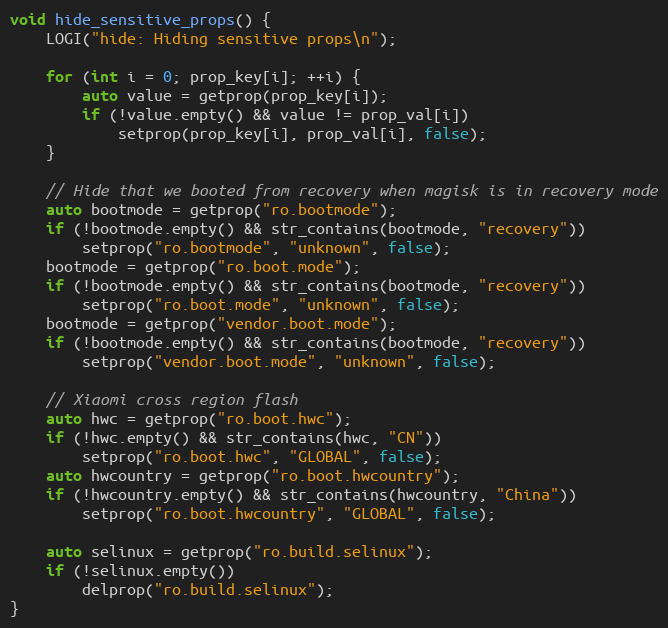
Language: C++
void hide_sensitive_props() {
    LOGI("hide: Hiding sensitive props\n");

    for (int i = 0; prop_key[i]; ++i) {
        auto value = getprop(prop_key[i]);
        if (!value.empty() && value != prop_val[i])
            setprop(prop_key[i], prop_val[i], false);
    }

    // Hide that we booted from recovery when magisk is in recovery mode
    auto bootmode = getprop("ro.bootmode");
    if (!bootmode.empty() && str_contains(bootmode, "recovery"))
        setprop("ro.bootmode", "unknown", false);
    bootmode = getprop("ro.boot.mode");
    if (!bootmode.empty() && str_contains(bootmode, "recovery"))
        setprop("ro.boot.mode", "unknown", false);
    bootmode = getprop("vendor.boot.mode");
    if (!bootmode.empty() && str_contains(bootmode, "recovery"))
        setprop("vendor.boot.mode", "unknown", false);

    // Xiaomi cross region flash
    auto hwc = getprop("ro.boot.hwc");
    if (!hwc.empty() && str_contains(hwc, "CN"))
        setprop("ro.boot.hwc", "GLOBAL", false);
    auto hwcountry = getprop("ro.boot.hwcountry");
    if (!hwcountry.empty() && str_contains(hwcountry, "China"))
        setprop("ro.boot.hwcountry", "GLOBAL", false);

    auto selinux = getprop("ro.build.selinux");
    if (!selinux.empty())
        delprop("ro.build.selinux");
}